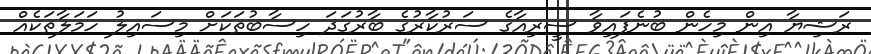
ރަޝިޔާ އިން މިހެން ބުނެފައިވާ ސީރިއާގެ ސަރުކާރުގެ ބާރުގަދަ ހިސާބުތަކަށް މިސައިލު ހަމަލާތަކެއް